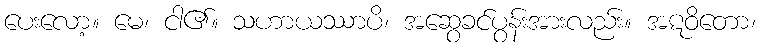
ပေးလော့။ မေ၊ ငါ၏။ သဟာယဿာပိ၊ အဆွေခင်ပွန်းအားလည်း။ အဋဝိတော၊